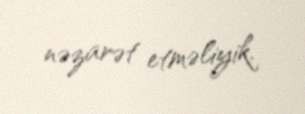
nəzarət etməliyik.